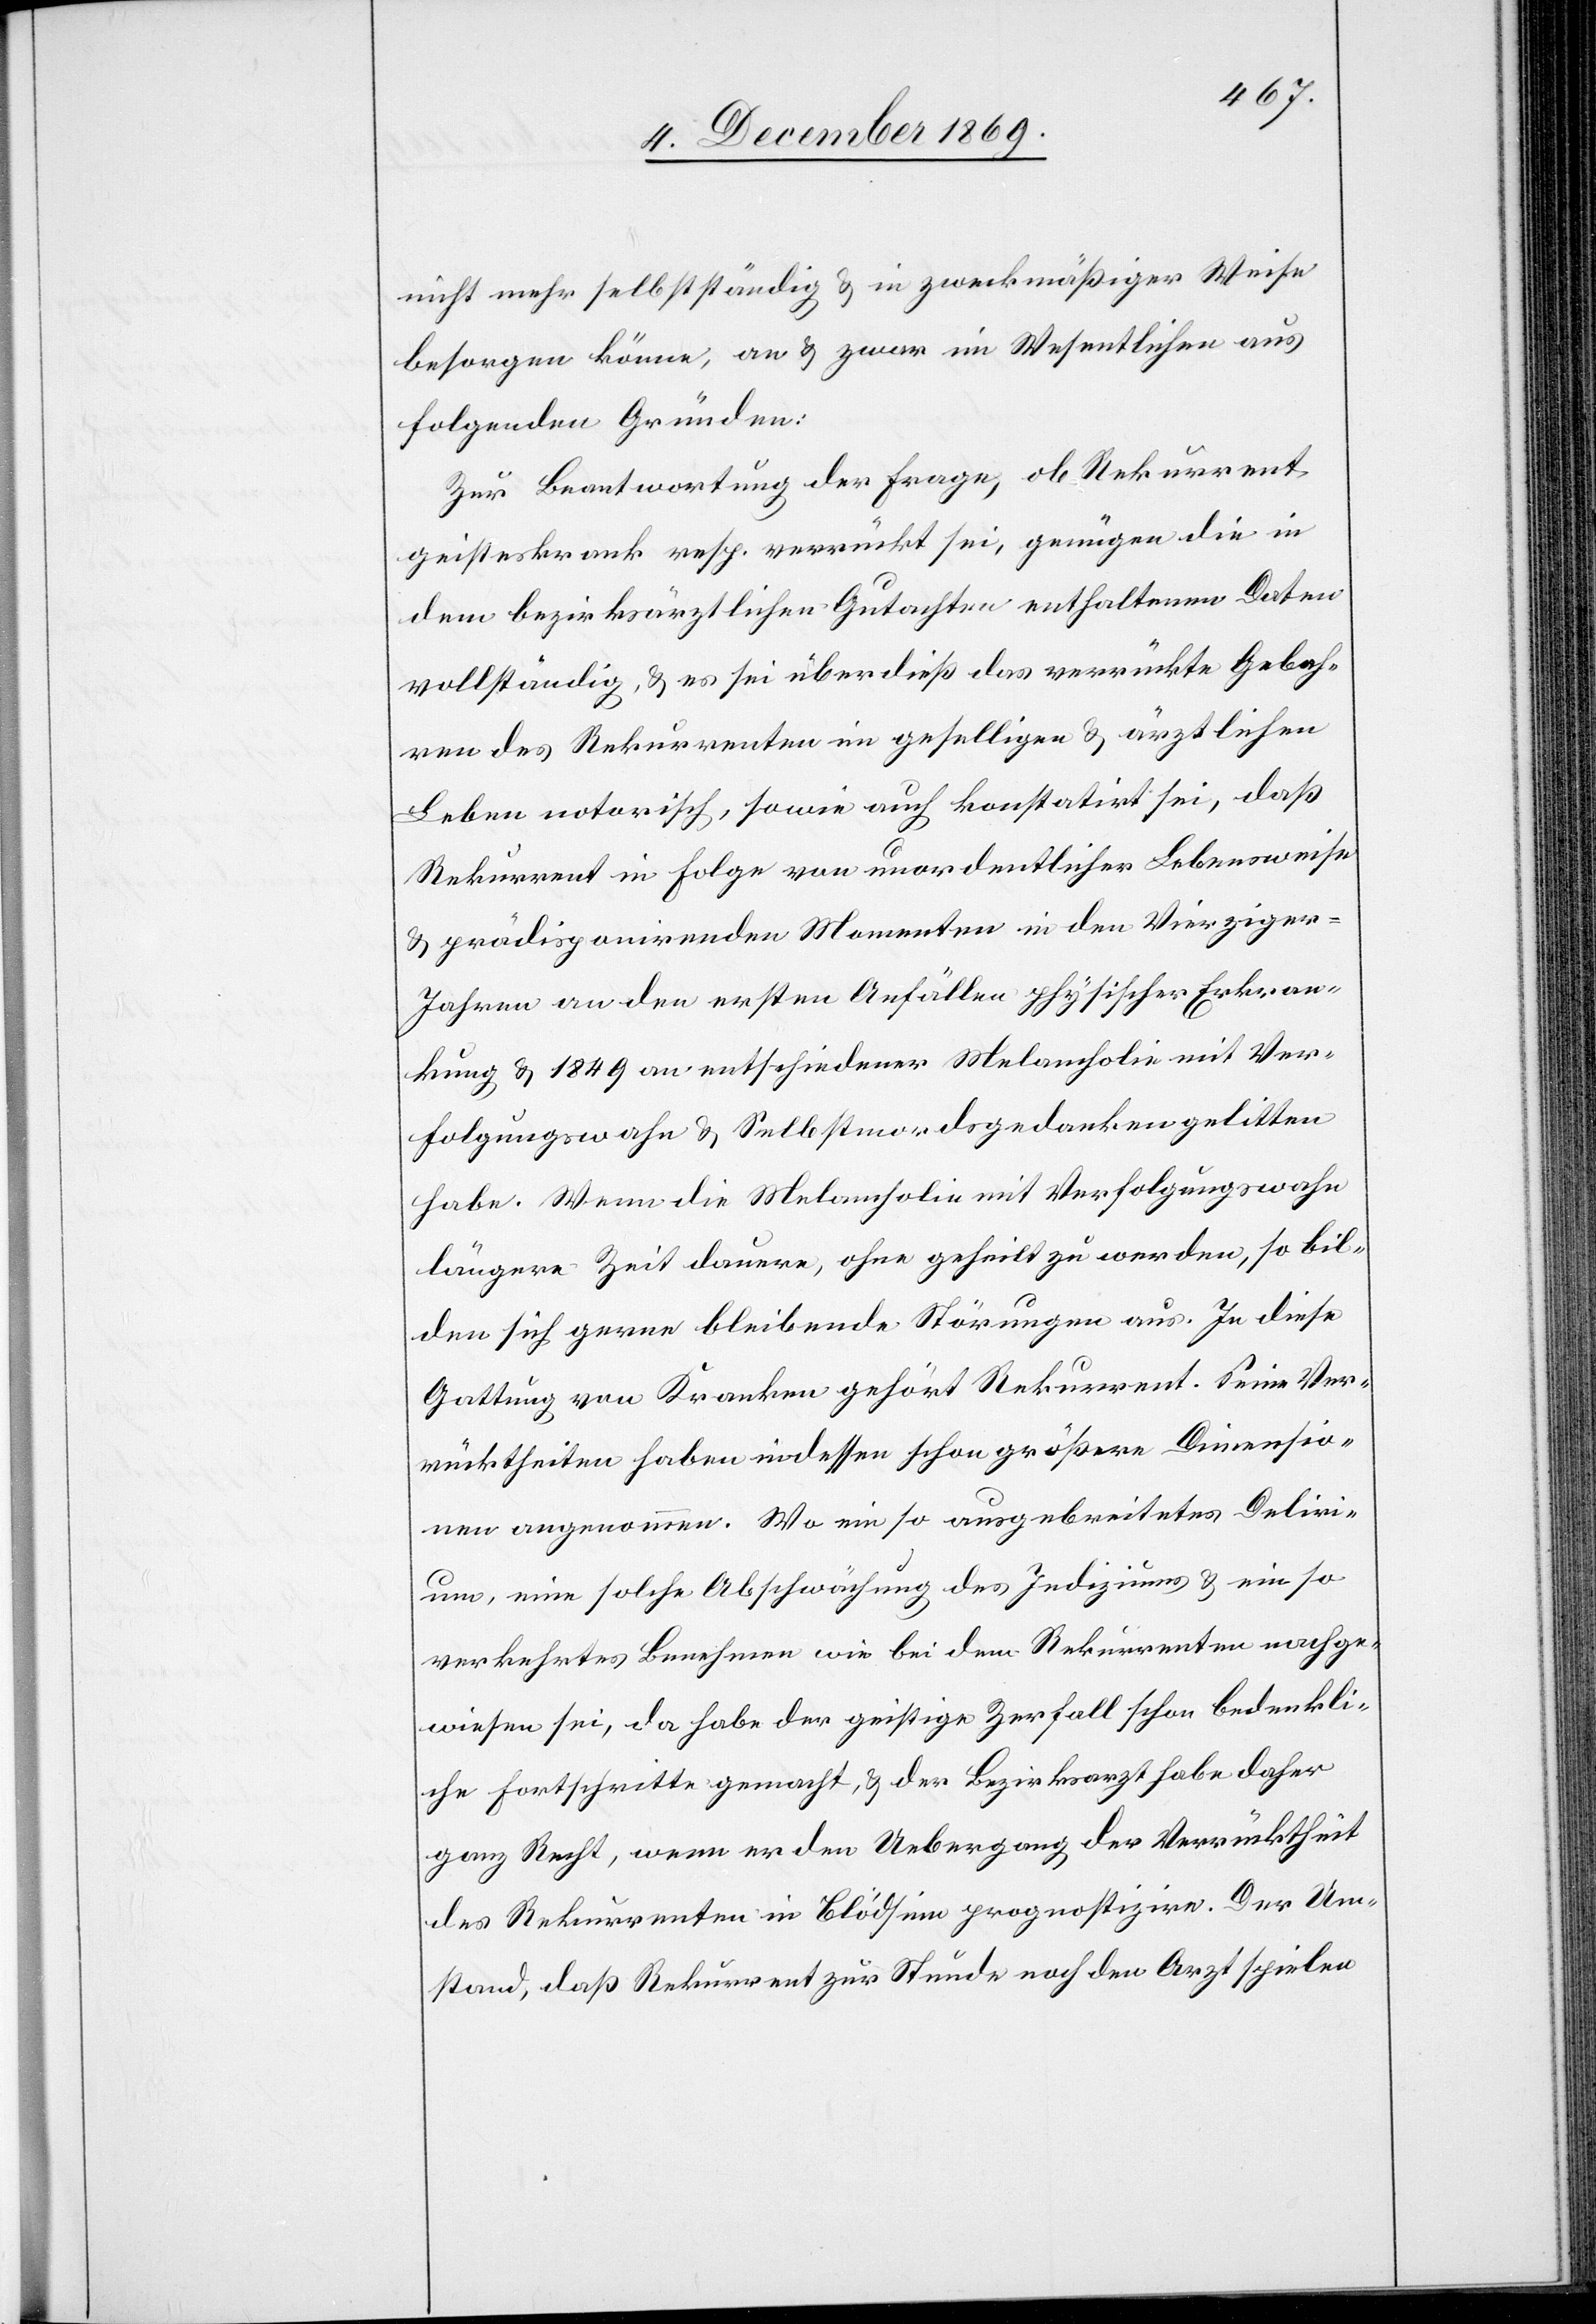
nicht mehr selbstständig & in zweckmäßiger Weise
besorgen könne, an & zwar im Wesentlichen aus
folgenden Gründen:
Zur Beantwortung der Frage, ob Rekurrent
geisteskrank resp. verrückt sei, genügen die in
dem bezirksärztlichen Gutachten enthaltenen Daten
vollständig, & es sei überdieß das verrückte Gebah¬
ren des Rekurrenten im geselligen & ärztlichen
Leben notorisch, sowie auch konstatirt sei, daß
Rekurrent in Folge von unordentlicher Lebensweise
& prädisponirenden Momenten in den Vierzige¬
r-Jahren an den ersten Anfällen physischer Erkran¬
kung & 1849 an entschiedener Melancholie mit Ver¬
folgungswahn & Selbstmordsgedanken gelitten
habe. Wenn die Melancholie mit Verfolgungswahn
längere Zeit dauere, ohne geheilt zu werden, so bil¬
den sich gerne bleibende Störungen aus. In diese
Gattung von Kranken gehört Rekurrent. Seine Ver¬
rücktheiten haben indessen schon größere Dimensio¬
nen angenommen. Wo ein so ausgebreitetes Deliri¬
um, eine solche Abschwächung des Indiziums & ein so
verkehrtes Benehmen wie bei dem Rekurrenten nachge¬
wiesen sei, da habe der geistige Zerfall schon bedenkli¬
che Fortschritte gemacht, & der Bezirksarzt habe daher
ganz Recht, wenn er den Uebergang der Verrücktheit
des Rekurrenten in Blödsinn prognostizire. Der Um¬
stand, daß Rekurrent zur Stunde noch den Arzt spielen